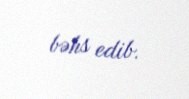
bəhs edib.